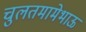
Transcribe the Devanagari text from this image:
चुलतमामेभाऊ